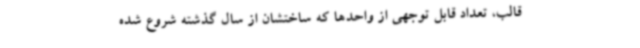
قالب، تعداد قابل توجهی از واحدها که ساختشان از سال گذشته شروع شده